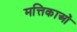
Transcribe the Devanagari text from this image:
मत्तिकाओं